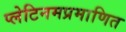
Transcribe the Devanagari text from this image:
प्लेटिनमप्रमाणित